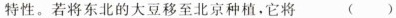
特性。若将东北的大豆移至北京种植，它将 ( )